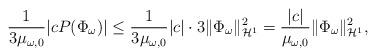
LaTeX: \begin{align*}\frac{1}{3\mu_{\omega,0}}|cP(\Phi_{\omega})|\le \frac{1}{3\mu_{\omega,0}}|c|\cdot 3\|\Phi_{\omega}\|_{\mathcal{H}^1}^2=\frac{|c|}{\mu_{\omega,0}}\|\Phi_{\omega}\|_{\mathcal{H}^1}^2, \end{align*}